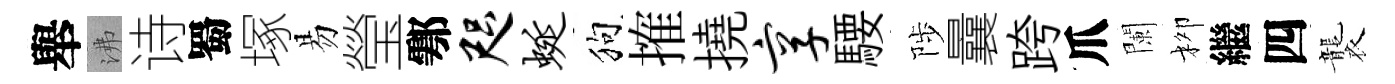
舉沸诗蜀塚易瑩鄠咫蜒狗搉撓享騕陟曩跨爪闌柳繼四襲